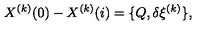
X ^ { ( k ) } ( 0 ) - X ^ { ( k ) } ( i ) = \{ Q , \delta \xi ^ { ( k ) } \} ,